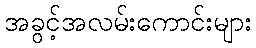
အခွင့်အလမ်းကောင်းများ